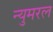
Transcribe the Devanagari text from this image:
न्युमरल